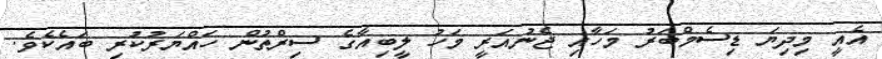
އެއީ މިދިޔަ ޑިސެމްބަރު މަހާއި ޖެނުއަރީ މަހު ލީބިއާގެ ސިރްތުން ހައްޔަރުކުރި ބައެކެވެ.